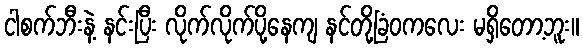
ငါစက်ဘီးနဲ့ နင်းပြီး လိုက်လိုက်ပို့နေကျ နင်တို့ခြံဝကလေး မရှိတော့ဘူး။